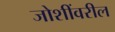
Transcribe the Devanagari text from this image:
जोशींवरील